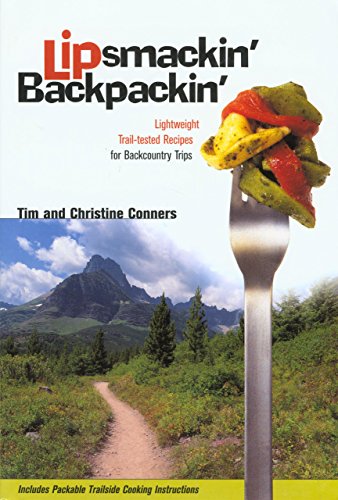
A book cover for Lipsmackin' Backpackin': Lightweight Trail-tested Recipes for Backcountry Trips; Christine Conners; Cookbooks, Food & Wine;